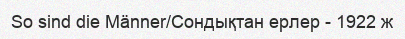
So sind die Männer/Сондықтан ерлер - 1922 ж